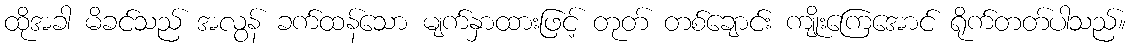
ထိုအခါ မိခင်သည် အလွန် ခက်ထန်သော မျက်နှာထားဖြင့် တုတ် တစ်ချောင်း ကျိုးကြေအောင် ရိုက်တတ်ပါသည်။